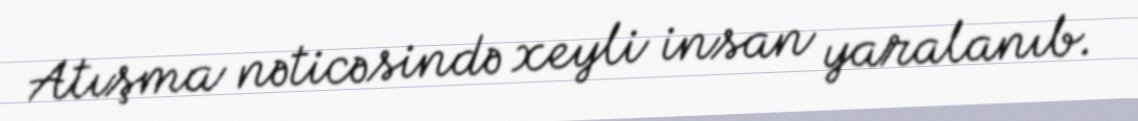
Atışma nəticəsində xeyli insan yaralanıb.